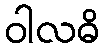
ဝါလဓိ